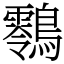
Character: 䴇